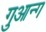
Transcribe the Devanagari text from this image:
गुआन्ग